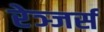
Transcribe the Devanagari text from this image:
रेञ्जर्स